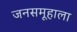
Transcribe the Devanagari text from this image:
जनसमूहाला